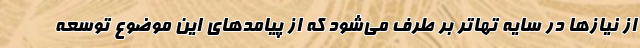
از نیازها در سایه تهاتر بر طرف می‌شود که از پیامدهای این موضوع توسعه